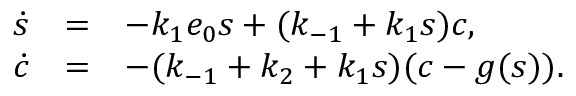
\begin{array} { r c l } { \dot { s } } & { = } & { - k _ { 1 } e _ { 0 } s + ( k _ { - 1 } + k _ { 1 } s ) c , } \\ { \dot { c } } & { = } & { - ( k _ { - 1 } + k _ { 2 } + k _ { 1 } s ) ( c - g ( s ) ) . } \end{array}